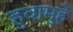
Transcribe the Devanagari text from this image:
हुवामुहे